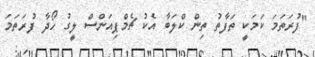
"ފުރަތަމަ ކަމަކީ ތަފާތު ތިން ކްލަބާ އެކު ޗެމްޕިއަންސް ލީގު ހޯދާ ފުރަތަމަ